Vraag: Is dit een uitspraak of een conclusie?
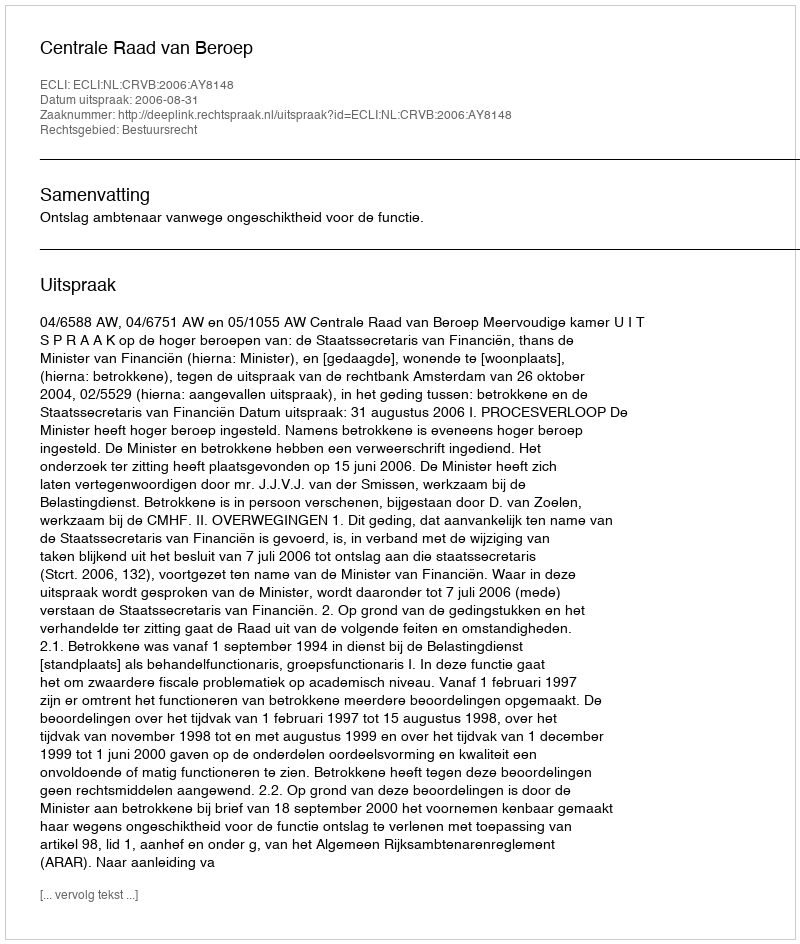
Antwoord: Uitspraak